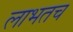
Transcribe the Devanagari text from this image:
लाभतच